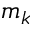
m _ { k }